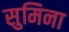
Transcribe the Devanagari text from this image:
सुमिना